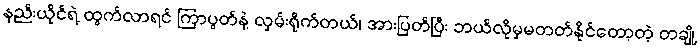
နည်းယိုင်ရဲ့ ထွက်လာရင် ကြာပွတ်နဲ့ လှမ်းရိုက်တယ်၊ အားပြတ်ပြီး ဘယ်လိုမှမတတ်နိုင်တော့တဲ့ တချို့